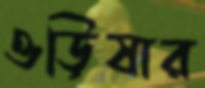
ওড়িষার